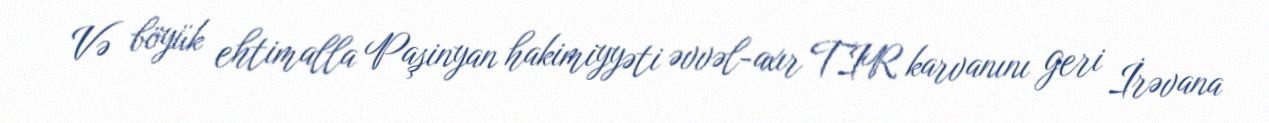
Və böyük ehtimalla Paşinyan hakimiyyəti əvvəl-axır TIR karvanını geri İrəvana